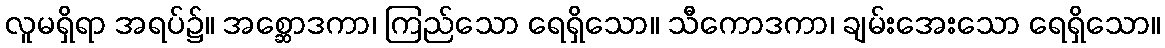
လူမရှိရာ အရပ်၌။ အစ္ဆောဒကာ၊ ကြည်သော ရေရှိသော။ သီကောဒကာ၊ ချမ်းအေးသော ရေရှိသော။